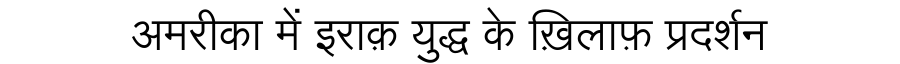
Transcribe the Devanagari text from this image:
अमरीका में इराक़ युद्ध के ख़िलाफ़ प्रदर्शन